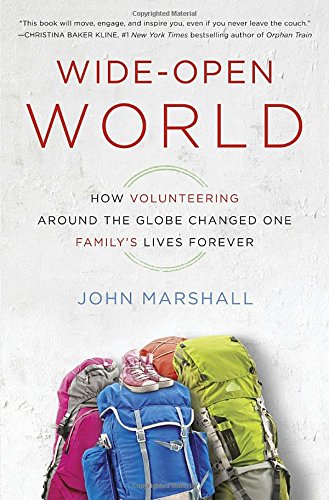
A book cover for Wide-Open World: How Volunteering Around the Globe Changed One Family's Lives Forever; John Marshall; Business & Money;